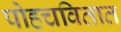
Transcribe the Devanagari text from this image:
पोहचवितात